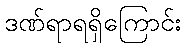
ဒဏ်ရာရရှိကြောင်း